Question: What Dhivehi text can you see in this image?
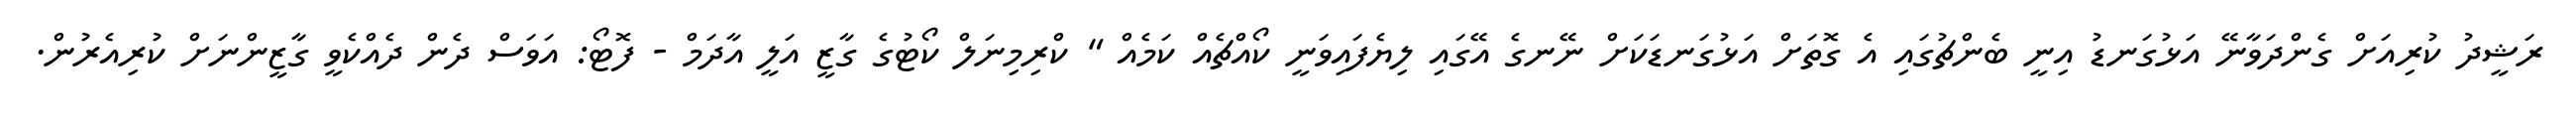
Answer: ރަޝީދު ކުރިއަށް ގެންދަވާނޭ އަޅުގަނޑު އިނީ ބެންޗުގައި އެ ގޮތަށް އަޅުގަނޑަކަށް ނޭނގެ އޭގައި ލިޔެފައިވަނީ ކޯއްޗެއް ކަމެއް " ކްރިމިނަލް ކޯޓުގެ ގާޒީ އަލީ އާދަމް - ފޮޓޯ: އަވަސް ދެން ދެއްކެވީ ގާޒީންނަށް ކުރިއެރުން.